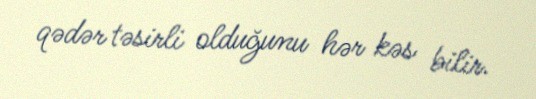
qədər təsirli olduğunu hər kəs bilir.